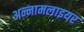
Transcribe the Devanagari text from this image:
अन्नामलाइयर